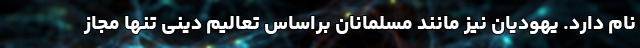
نام دارد. یهودیان نیز مانند مسلمانان براساس تعالیم دینی تنها مجاز